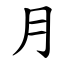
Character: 月